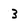
Character: 3